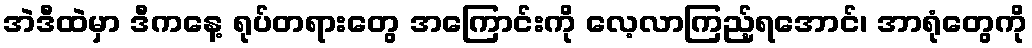
အဲဒီထဲမှာ ဒီကနေ့ ရုပ်တရားတွေ အကြောင်းကို လေ့လာကြည့်ရအောင်၊ အာရုံတွေကို